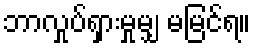
ဘာလှုပ်ရှားမှုမျှ မမြင်ရ။